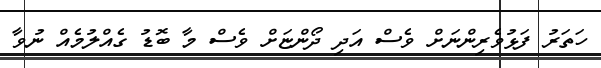
ހަތަރު ފަޅުވެރިންނަށް ވެސް އަދި ދޯންޏަށް ވެސް މާ ބޮޑު ގެއްލުމެއް ނުވާ